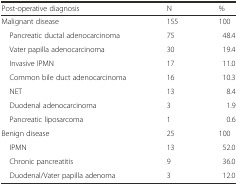
| Post-operative diagnosis | N | % |
 | --- | --- | --- |
 | Malignant disease | 155 | 100 |
 | Pancreatic ductal adenocarcinoma | 75 | 48.4 |
 | Vater papilla adenocarcinoma | 30 | 19.4 |
 | Invasive IPMN | 17 | 11.0 |
 | Common bile duct adenocarcinoma | 16 | 10.3 |
 | NET | 13 | 8.4 |
 | Duodenal adenocarcinoma | 3 | 1.9 |
 | Pancreatic liposarcoma | 1 | 0.6 |
 | Benign disease | 25 | 100 |
 | IPMN | 13 | 52.0 |
 | Chronic pancreatitis | 9 | 36.0 |
 | Duodenal/Vater papilla adenoma | 3 | 12.0 |